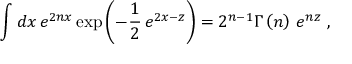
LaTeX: \int d x \, e ^ { 2 n x } \exp \left( - \frac { 1 } { 2 } \, e ^ { 2 x - z } \right) = 2 ^ { n - 1 } \Gamma \left( n \right) \, e ^ { n z } ~ ,